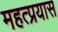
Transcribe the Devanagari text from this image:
महत्प्रयास